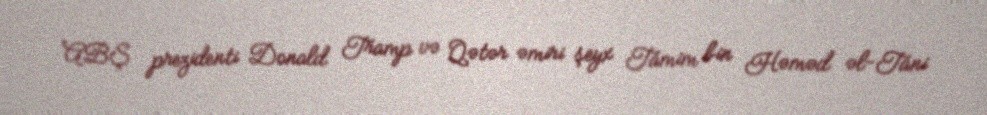
ABŞ prezidenti Donald Tramp və Qətər əmiri şeyx Tamim bin Həməd əl-Tani